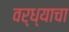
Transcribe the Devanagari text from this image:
वर्ध्याचा